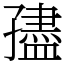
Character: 孻